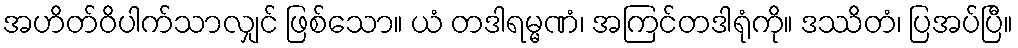
အဟိတ်ဝိပါက်သာလျှင် ဖြစ်သော။ ယံ တဒါရမ္မဏံ၊ အကြင်တဒါရုံကို။ ဒဿိတံ၊ ပြအပ်ပြီ။